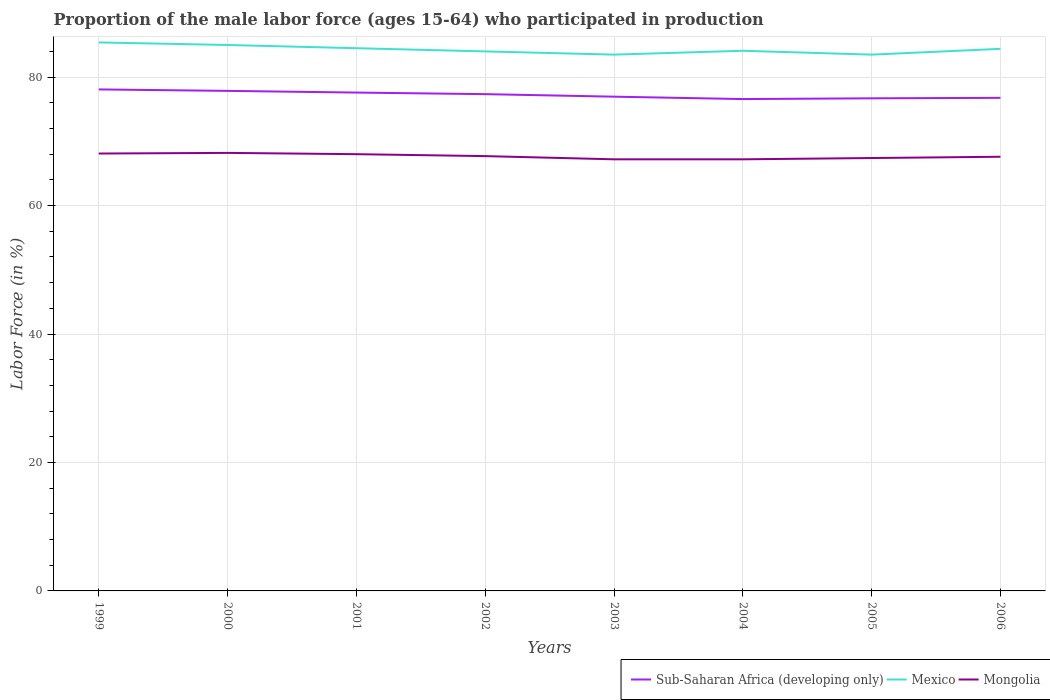
| Years | Sub-Saharan Africa (developing only) | Mexico | Mongolia |
 | --- | --- | --- | --- |
 | 1999 | 78.1 | 85.4 | 68.1 |
 | 2000 | 77.9 | 85 | 68.2 |
 | 2001 | 77.6 | 84.5 | 68 |
 | 2002 | 77.3 | 84 | 67.7 |
 | 2003 | 77 | 83.5 | 67.2 |
 | 2004 | 76.6 | 84.1 | 67.2 |
 | 2005 | 76.7 | 83.5 | 67.4 |
 | 2006 | 76.8 | 84.4 | 67.6 |